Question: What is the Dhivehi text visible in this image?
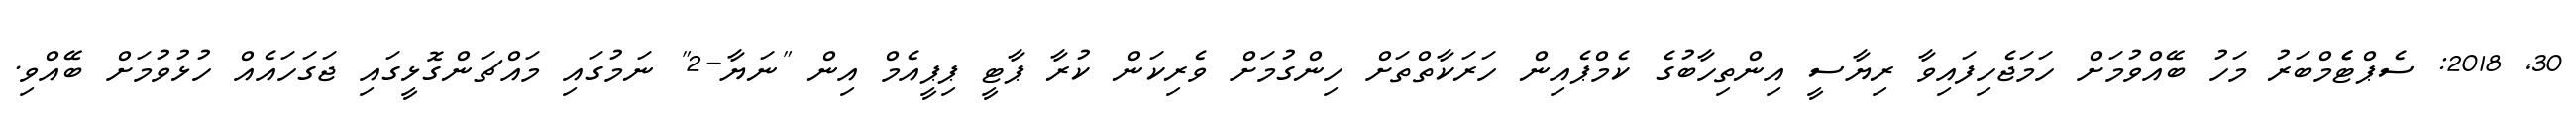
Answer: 30, 2018: ސެޕްޓެެމްބަރު މަހު ބޭއްވުމަށް ހަމަޖެހިފައިވާ ރިޔާސީ އިންތިހާބުގެ ކެމްޕެއިން ހަރަކާތްތަށް ހިންގުމަށް ވެރިކަން ކުރާ ޕާޓީ ޕިޕީއެމް އިން "ނަޔާ-2" ނަމުގައި މައްޗަންގޮޅީގައި ޖަގަހައެއް ހުޅުވުމަށް ބޭއްވި.